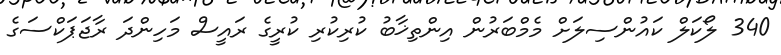
340 ލޯކަލް ކައުންސިލަށް މެމްބަރުން އިންތިޚާބު ކުރިކުރި ކުރީގެ ރައީސް މަހިންދަ ރާޖަޕަކްސަގެ